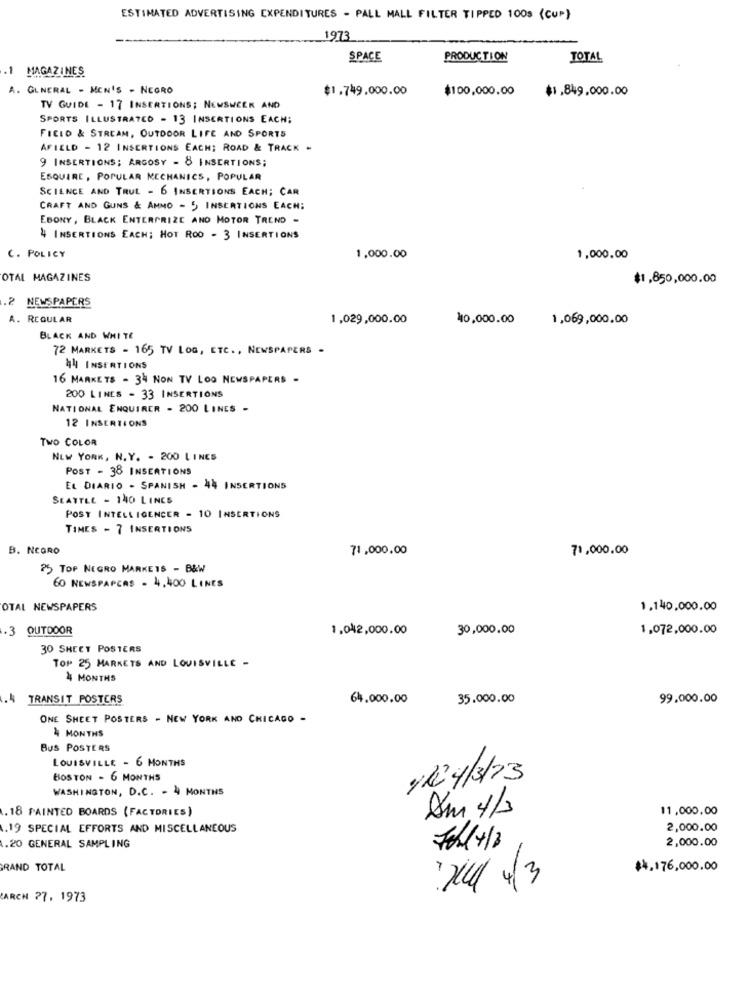
ESTIMATED ADVERTISING EXPENDITURES - PALL MALL FILTER TIPPED 1009 (CUP)
1973
SPACE
PRODUCTION
TOTAL
MAGAZINES
A. GENERAL - MEN'S - NEGRO
$1.749.000.00
$100,000.00
$1.849,000.00
TV GUIDE - 17 INSERTIONS; NEWSWEEK AND
SPORTS ILLUSTRATED - 13 INSERTIONS EACH;
FICIO & STREAM, OUTDOOR LIFE AND SPORTS
AFIELD - 12 INSERTIONS EACH; ROAD & TRACK -
9 INSERTIONS; ARGOSY - 8 INSERTIONS;
ESQUIRE, POPULAR MECHANICS, POPULAR
SCIENCE AND TRUL - 6 INSERTIONS EACH; CAR
CRAFT AND GUNS & AMNO - 5 INSERTIONS EACH:
EBONY, BLACK ENTERPRIZE AND MOTOR TREND -
4 INSERTIONS EACH; HOT ROD - 3 INSERTIONS
C. POLICY
1,000.00
1,000.00
OTAL MAGAZINES
$1,850,000.00
.2 NEWSPAPERS
A. REGULAR
1,029,000.00
40,000.00
1,069,000.00
BLACK AND WHITE
72 MARKETS - 165 TV LOG, ETC ., NEWSPAPERS -
44 INSERTIONS
16 MARKETS - 34 NON TV LOO NEWSPAPERS -
200 LINES - 33 INSERTIONS
NATIONAL ENQUIRER - 200 LINES -
12 INSERTIONS
Two COLOR
NEW YORK, N. Y. - 200 LINES
POST - 38 INSERTIONS
EL DIARIO - SPANISH - 44 INSERTIONS
SEATTLE - 140 LINES
POST INTELLIGENCER - 10 INSERTIONS
TIMES - 7 INSERTIONS
B. NEGRO
71,000.00
71,000.00
25 TOP NEGRO MARKETS - B&W
6O NEWSPAPCAS . 4.400 LINES
OTAL NEWSPAPERS
1.140,000.00
3 OUTDOOR
1,042,000.00
30,000,00
1.072,000.00
30 SHEET POSTERS
TOP 25 MARKETS AND LOUISVILLE -
4 MONTHS
.. 4
TRANSIT POSTERS
64.000.00
35.000.00
99.000.00
ONE SHEET POSTERS - NEW YORK AND CHICAGO -
4 MONTHS
BUS POSTERS
LOUISVILLE - 6 MONTHS
BOSTON - 6 MONTHS
110 4/3/73
WASHINGTON, D.C. - 4 MONTHS
1. 18 PAINTED BOARDS (FACTORIES)
Am 4/3
11,000,00
.19 SPECIAL EFFORTS AND MISCELLANEOUS
2,000.00
2,000.00
1.20 GENERAL SAMPLING
Fehl+/3
GRAND TOTAL
$4,176,000.00
120ll 4/3
ARCH 77. 1973